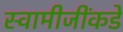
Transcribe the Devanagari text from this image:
स्वामीजींकडे